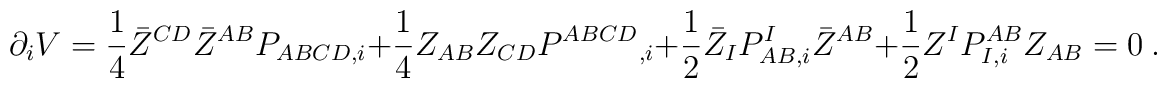
\partial_i V ={1\over 4} \bar Z^{CD} \bar Z^{AB} P_{ABCD,i}  + {1\over 4}Z_{AB} Z_{CD}P^{ABCD}{}_{,i} + {1\over 2} \bar Z_I P^I_{AB,i} \bar Z^{AB} +{1\over 2}  Z^I P_{I,i} ^{AB}  Z_{AB}=0 \ .